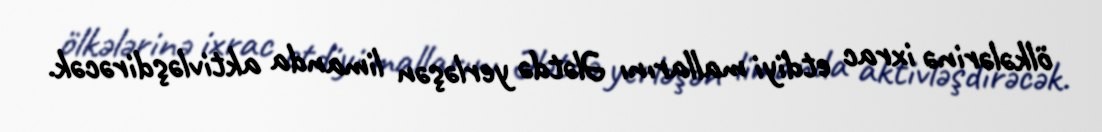
ölkələrinə ixrac etdiyi mallarını Ələtdə yerləşən limanda aktivləşdirəcək.